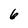
Character: 6